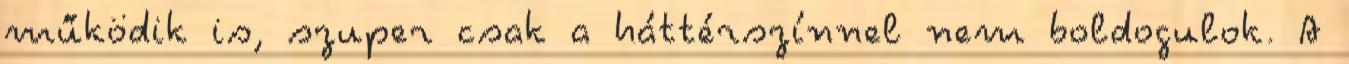
működik is, szuper csak a háttérszínnel nem boldogulok. A